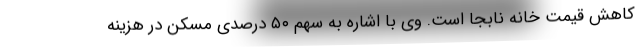
کاهش قیمت خانه نابجا است. وی با اشاره به سهم ۵۰ درصدی مسکن در هزینه